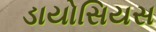
ડાયોસિયસ